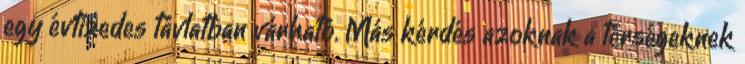
egy évtizedes távlatban várható. Más kérdés azoknak a térségeknek